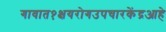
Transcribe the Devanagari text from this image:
गावात१क्षयरोगउपचारकेंद्रआहे